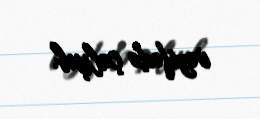
vəzifədə çalışıb.